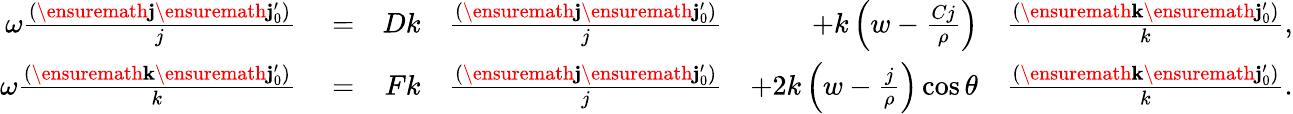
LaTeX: \begin{array}{rlrlrl}{\omega\frac{(\ensuremath{\mathbf{j}}\ensuremath{\mathbf{j}_{0}^{\prime}})}{j}}&{{}=}&{Dk}&{{}\frac{(\ensuremath{\mathbf{j}}\ensuremath{\mathbf{j}_{0}^{\prime}})}{j}}&{+k\left(w-\frac{Cj}{\rho}\right)}&{{}\frac{(\ensuremath{\mathbf{k}}\ensuremath{\mathbf{j}_{0}^{\prime}})}{k},}\\ {\omega\frac{(\ensuremath{\mathbf{k}}\ensuremath{\mathbf{j}_{0}^{\prime}})}{k}}&{{}=}&{Fk}&{{}\frac{(\ensuremath{\mathbf{j}}\ensuremath{\mathbf{j}_{0}^{\prime}})}{j}}&{+2k\left(w-\frac{j}{\rho}\right)\cos\theta}&{{}\frac{(\ensuremath{\mathbf{k}}\ensuremath{\mathbf{j}_{0}^{\prime}})}{k}.}\end{array}